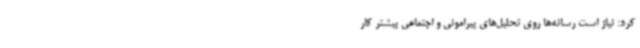
کرد: نیاز است رسانه‌ها روی تحلیل‌های پیرامونی و اجتماعی بیشتر کار